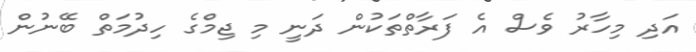
އަދި މިހާރު ވެސް އެ ފަރާތްތަކުން ދަނީ މި ޖިމްގެ ހިދުމަތް ބޭނުން